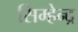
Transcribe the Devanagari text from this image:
सिम्हेन्द्र